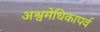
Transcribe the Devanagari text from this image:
अश्वमेधिकापर्व